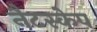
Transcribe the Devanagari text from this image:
नैटस्केप